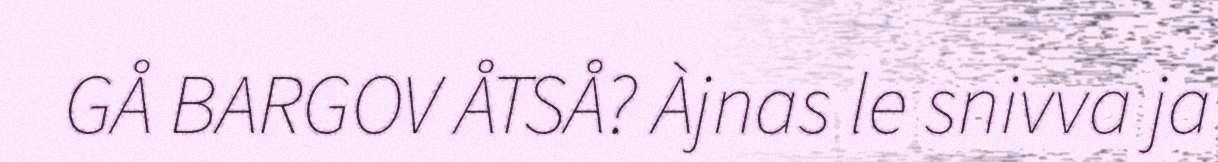
GÅ BARGOV ÅTSÅ? Àjnas le snivva ja